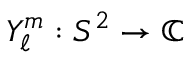
Y _ { \ell } ^ { m } : S ^ { 2 } \to \mathbb { C }